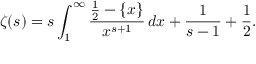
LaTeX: \zeta ( s ) = s \int _ { 1 } ^ { \infty } { \frac { { \frac { 1 } { 2 } } - \{ x \} } { x ^ { s + 1 } } } \, d x + { \frac { 1 } { s - 1 } } + { \frac { 1 } { 2 } } .